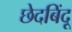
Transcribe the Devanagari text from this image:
छेदबिंदू